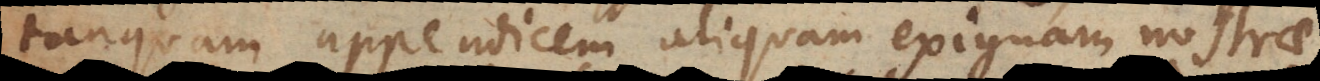
tanquam appendicem aliquam exiguam nostrae